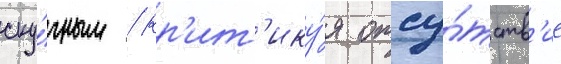
ску́чным / кр'ит'ику́я отсу́тств'ие